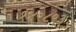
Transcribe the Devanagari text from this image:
१४९८९३